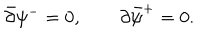
\bar { \partial } \psi ^ { - } = 0 , \qquad \partial \bar { \psi } ^ { + } = 0 .